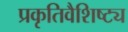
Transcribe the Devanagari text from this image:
प्रकृतिवैशिष्ट्य